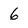
Character: 6